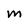
Character: M